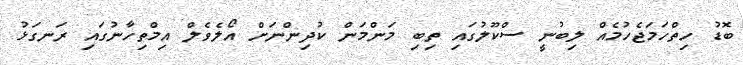
ބޮޑު ހިތްހަމަޖެހުމެއް ލިބުނީ ސްކޫލުގައި ތިބި މަންމަން ކުދިންނަށް އޯލެވެލް އިމްތިހާނުގައި ރަނގަޅު